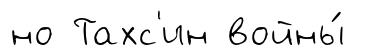
но Тахс'ин войны́